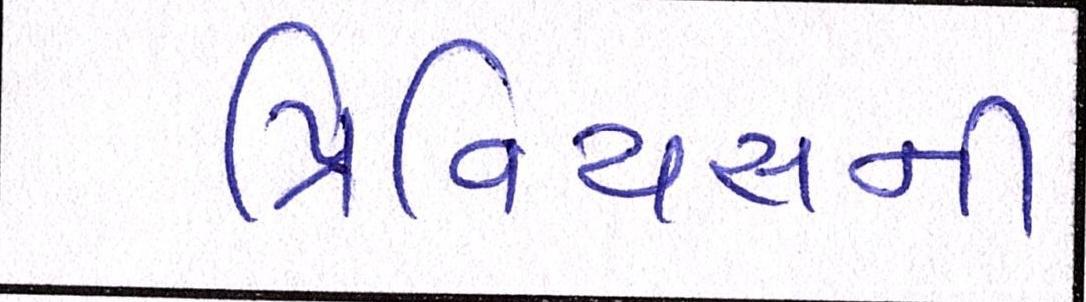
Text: પ્રિવિયસની